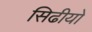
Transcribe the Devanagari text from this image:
सिढीयो